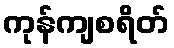
ကုန်ကျစရိတ်